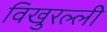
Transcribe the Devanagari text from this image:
विखुरल्ली